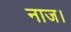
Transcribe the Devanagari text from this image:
नाज।